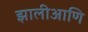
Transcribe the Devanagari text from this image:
झालीआणि